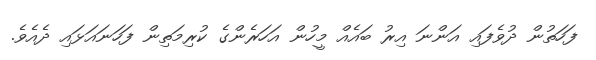
ފަހަތުން ދުވެފައި އަންނަ އިރު ބައެއް މީހުން އަހަރެންގެ ކުރިމަތިން ފަހަނައަޅައި ދެއެވެ.